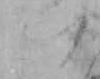
い